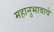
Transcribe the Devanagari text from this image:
महानुभावावे